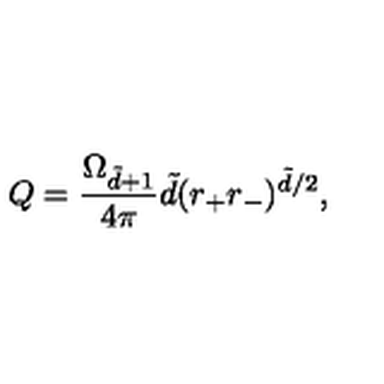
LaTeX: Q = \frac { \Omega _ { \tilde { d } + 1 } } { 4 \pi } \tilde { d } ( r _ { + } r _ { - } ) ^ { \tilde { d } / 2 } ,